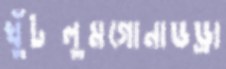
খুঁটলুমগোনাডড্রা